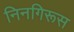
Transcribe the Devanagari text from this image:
निनगिरूस